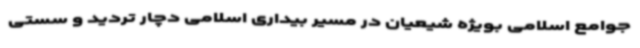
جوامع اسلامی بویژه شیعیان در مسیر بیداری اسلامی دچار تردید و سستی